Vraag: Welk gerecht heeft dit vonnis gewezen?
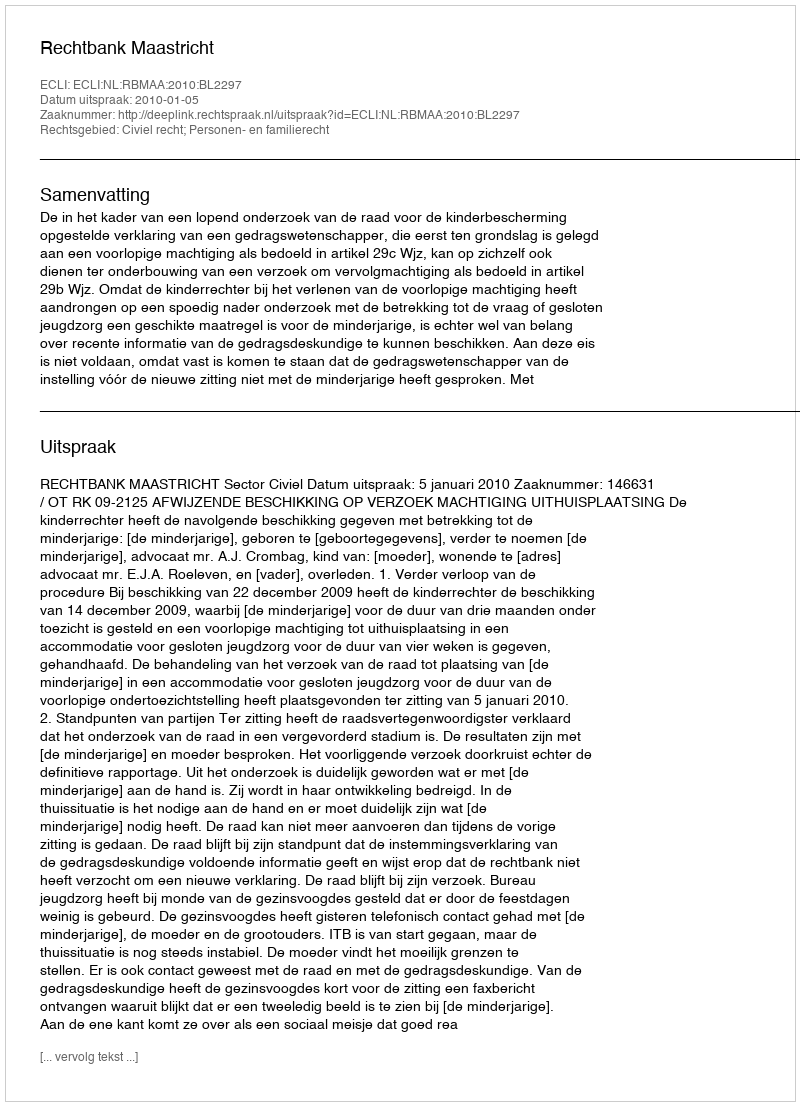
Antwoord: Rechtbank Maastricht